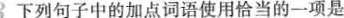
3下列句子中的加点词语使用恰当的一项是